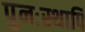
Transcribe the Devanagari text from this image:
पुनःस्थापि